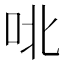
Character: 𫩡